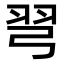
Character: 𢏖